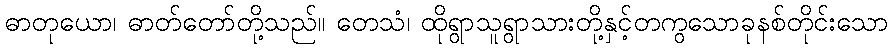
ဓာတုယော၊ ဓာတ်တော်တို့သည်။ တေသံ၊ ထိုရွာသူရွာသားတို့နှင့်တကွသောခုနစ်တိုင်းသော